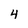
Character: 4